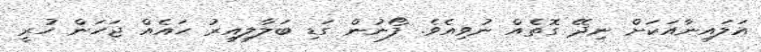
އަލައިނާއަކަށް ނިދޭ ގޮތެއް ނުވިއެވެ. ފޯނުން ގަޑި ބަލާލިއިރު ހައެއް ޖަހަން ހުރީ